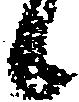
候